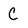
Character: C